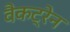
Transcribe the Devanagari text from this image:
वैकट्रेन